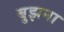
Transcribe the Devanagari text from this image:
बुझना